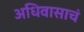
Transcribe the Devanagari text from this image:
अधिवासाचं